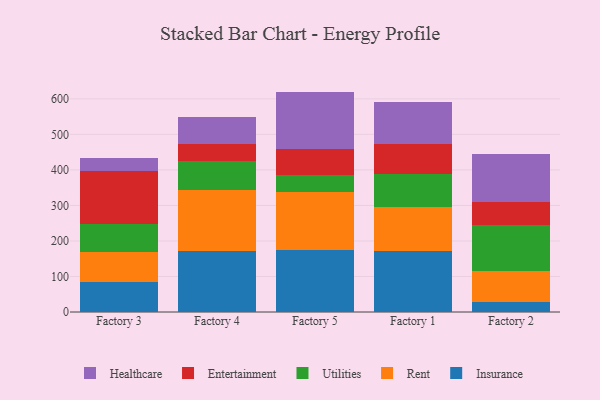
{"axis": {"x": "Factory", "y": "Market Share (%)"}, "legend": ["Entertainment", "Healthcare", "Insurance", "Rent", "Utilities"], "data": [{"x": "Factory 3", "y": 83.1, "type": "Insurance"}, {"x": "Factory 3", "y": 84.5, "type": "Rent"}, {"x": "Factory 3", "y": 81.2, "type": "Utilities"}, {"x": "Factory 3", "y": 147.4, "type": "Entertainment"}, {"x": "Factory 3", "y": 36.9, "type": "Healthcare"}, {"x": "Factory 4", "y": 171.1, "type": "Insurance"}, {"x": "Factory 4", "y": 172.8, "type": "Rent"}, {"x": "Factory 4", "y": 82.6, "type": "Utilities"}, {"x": "Factory 4", "y": 46.6, "type": "Entertainment"}, {"x": "Factory 4", "y": 76.5, "type": "Healthcare"}, {"x": "Factory 5", "y": 174.5, "type": "Insurance"}, {"x": "Factory 5", "y": 163.8, "type": "Rent"}, {"x": "Factory 5", "y": 47.9, "type": "Utilities"}, {"x": "Factory 5", "y": 72.4, "type": "Entertainment"}, {"x": "Factory 5", "y": 161.9, "type": "Healthcare"}, {"x": "Factory 1", "y": 173.0, "type": "Insurance"}, {"x": "Factory 1", "y": 123.7, "type": "Rent"}, {"x": "Factory 1", "y": 90.8, "type": "Utilities"}, {"x": "Factory 1", "y": 85.6, "type": "Entertainment"}, {"x": "Factory 1", "y": 118.8, "type": "Healthcare"}, {"x": "Factory 2", "y": 29.1, "type": "Insurance"}, {"x": "Factory 2", "y": 87.4, "type": "Rent"}, {"x": "Factory 2", "y": 127.5, "type": "Utilities"}, {"x": "Factory 2", "y": 64.3, "type": "Entertainment"}, {"x": "Factory 2", "y": 136.1, "type": "Healthcare"}]}